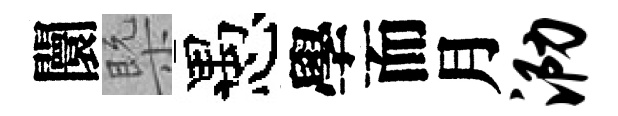
闤槩愚學而月泐